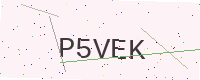
Text: P5VEK